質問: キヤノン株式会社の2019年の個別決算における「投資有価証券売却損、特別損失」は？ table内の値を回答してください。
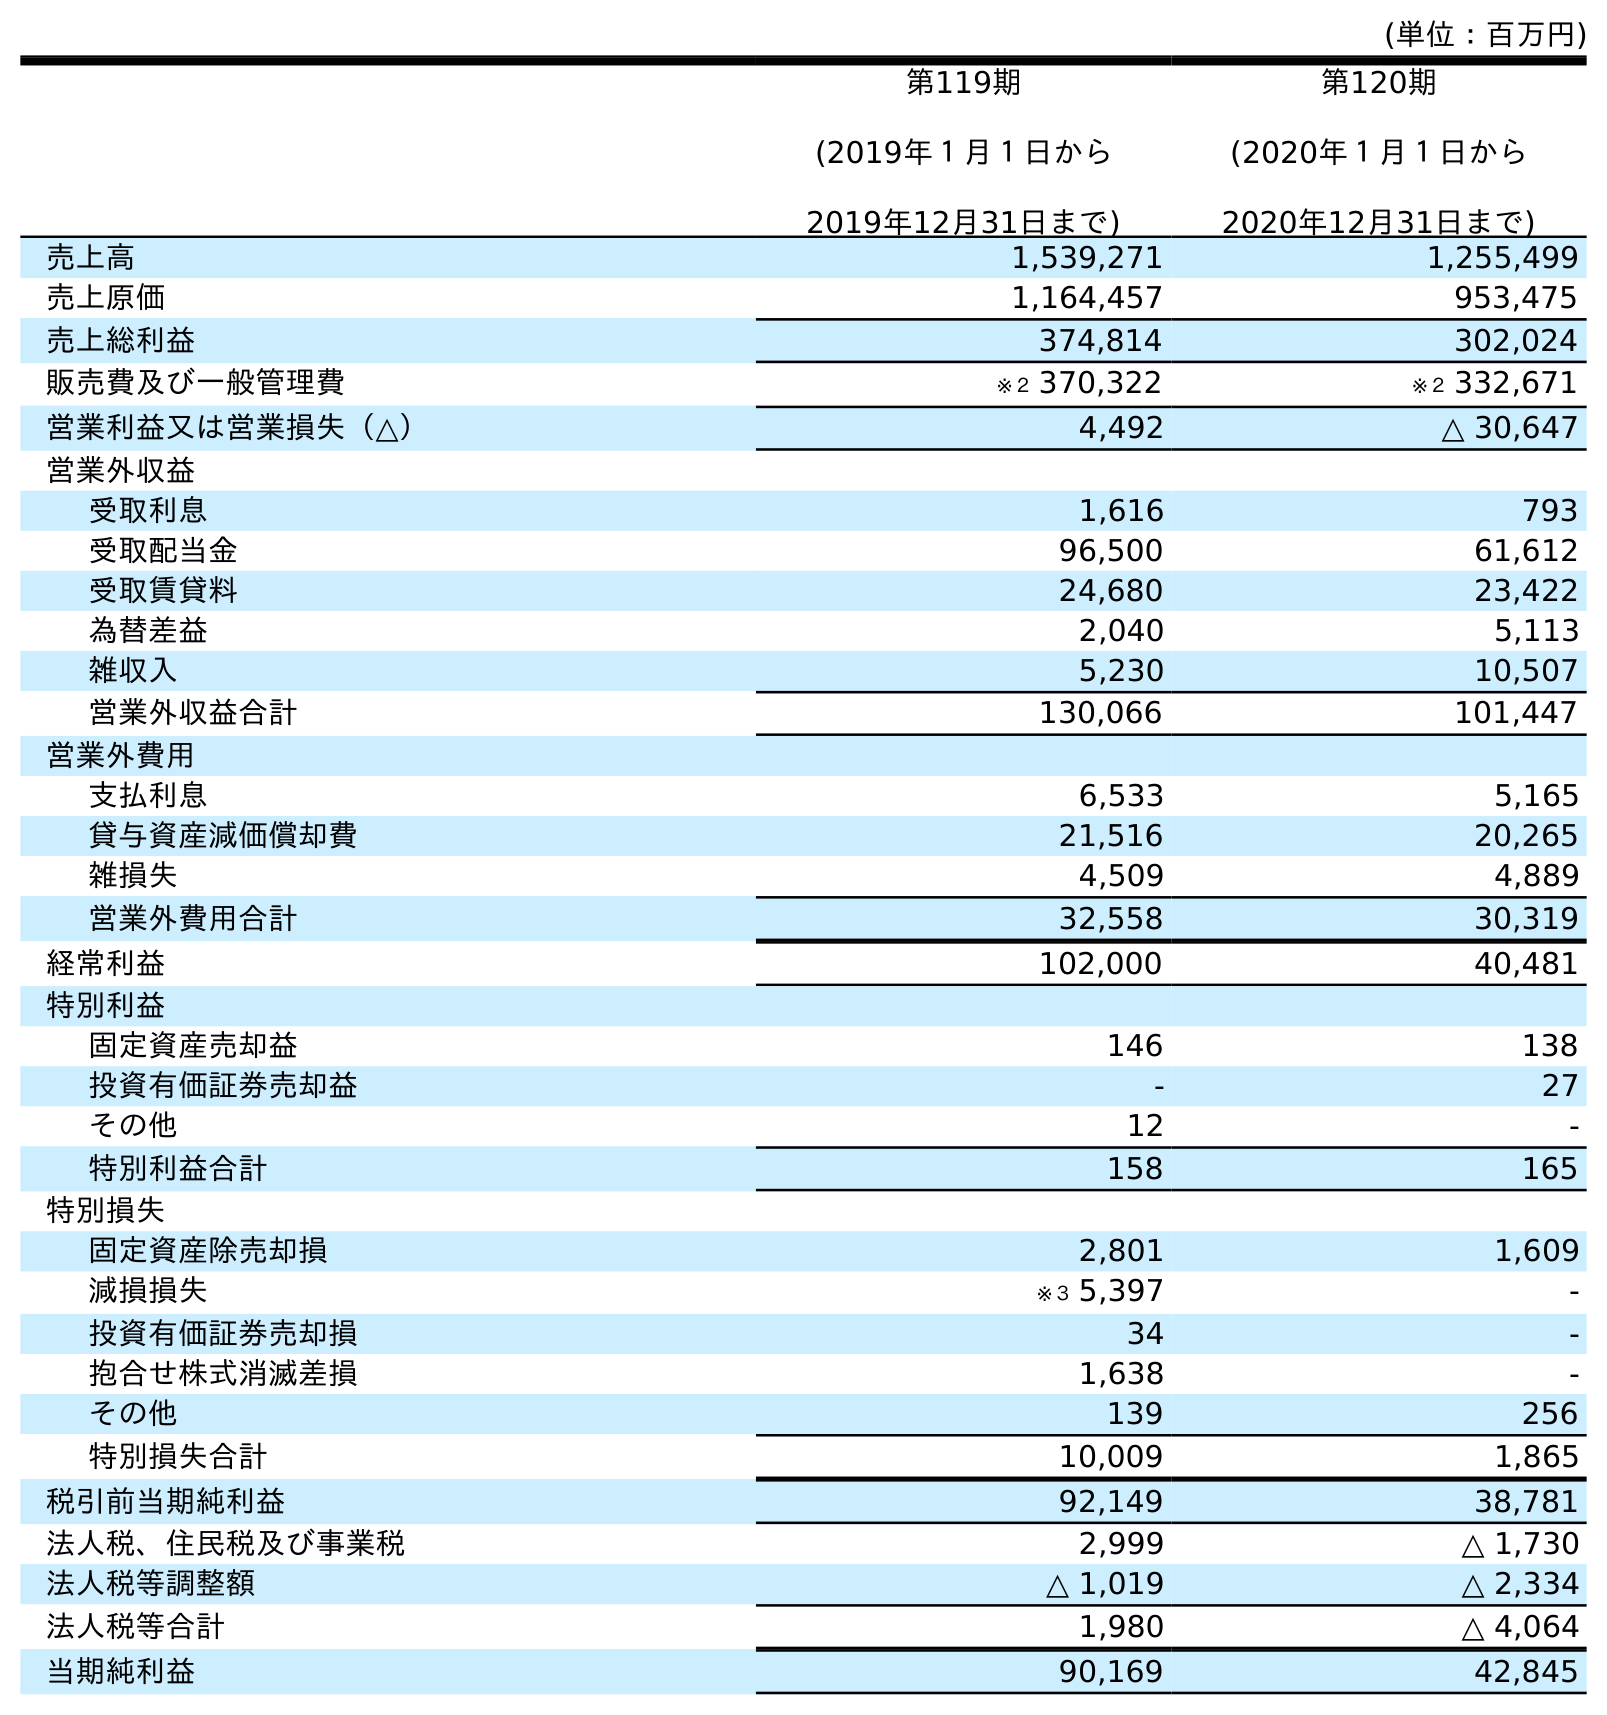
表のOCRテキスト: (単位：百万円) 第119期 (2019年１月１日から 2019年12月31日まで) 第120期 (2020年１月１日から 2020年12月31日まで) 売上高 1,539,271 1,255,499 売上原価 1,164,457 953,475 売上総利益 374,814 302,024 販売費及び一般管理費 ※２ 370,322 ※２ 332,671 営業利益又は営業損失（△） 4,492 △ 30,647 営業外収益 受取利息 1,616 793 受取配当金 96,500 61,612 受取賃貸料 24,680 23,422 為替差益 2,040 5,113 雑収入 5,230 10,507 営業外収益合計 130,066 101,447 営業外費用 支払利息 6,533 5,165 貸与資産減価償却費 21,516 20,265 雑損失 4,509 4,889 営業外費用合計 32,558 30,319 経常利益 102,000 40,481 特別利益 固定資産売却益 146 138 投資有価証券売却益 - 27 その他 12 - 特別利益合計 158 165 特別損失 固定資産除売却損 2,801 1,609 減損損失 ※３ 5,397 - 投資有価証券売却損 34 - 抱合せ株式消滅差損 1,638 - その他 139 256 特別損失合計 10,009 1,865 税引前当期純利益 92,149 38,781 法人税、住民税及び事業税 2,999 △ 1,730 法人税等調整額 △ 1,019 △ 2,334 法人税等合計 1,980 △ 4,064 当期純利益 90,169 42,845
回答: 34